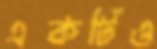
একটিও